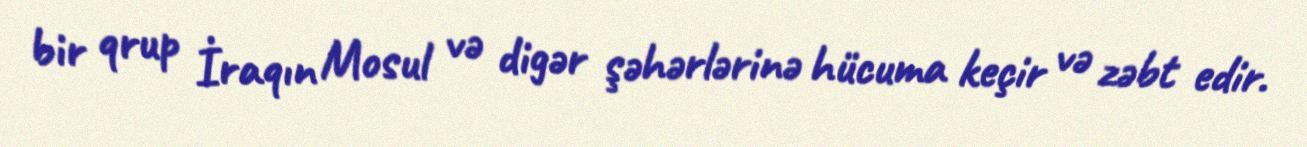
bir qrup İraqın Mosul və digər şəhərlərinə hücuma keçir və zəbt edir.